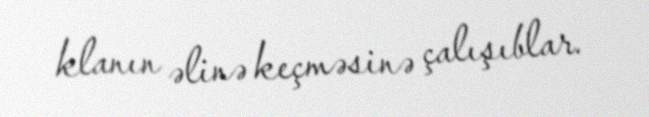
klanın əlinə keçməsinə çalışıblar.